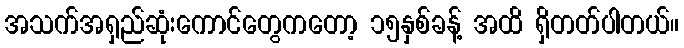
အသက်အရှည်ဆုံးကောင်တွေကတော့ ၁၅နှစ်ခန့် အထိ ရှိတတ်ပါတယ်။